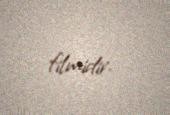
filmidir.